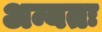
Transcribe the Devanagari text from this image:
अन्यतः